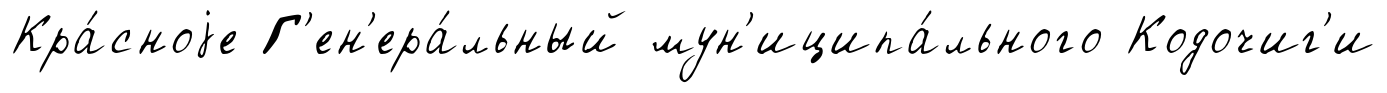
Кра́сноjе Г'ен'ера́льный мун'иципа́льного Кодочиг'и